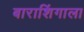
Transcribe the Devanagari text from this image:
बाराशिंगाला